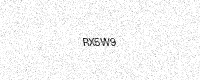
Text: RX5W9